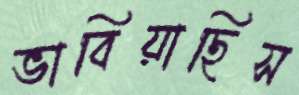
ভাবিয়াছিস